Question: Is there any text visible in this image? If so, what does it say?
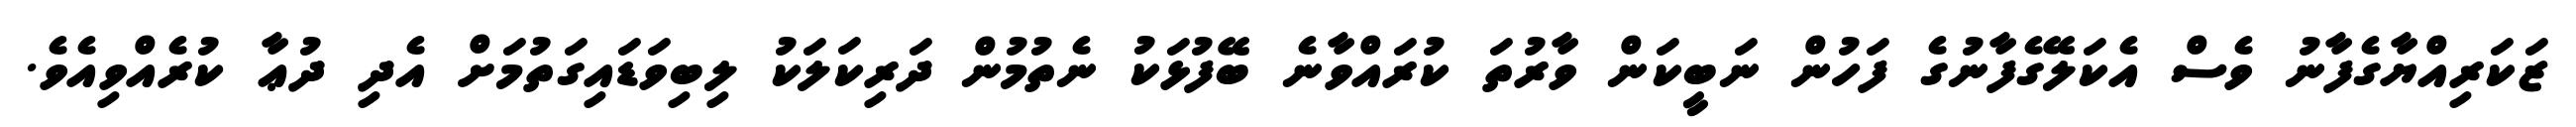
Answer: ޒަކަރިއްޔާގެފާނު ވެސް އެކަލޭގެފާނުގެ ފަހުން ނަބީކަން ވާރުތަ ކުރައްވާނެ ބޭފުޅަކު ނެތުމުން ދަރިކަލަކު ލިބިވަޑައިގަތުމަށް އެދި ދުޢާ ކުރެއްވިއެވެ.